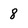
Character: 8